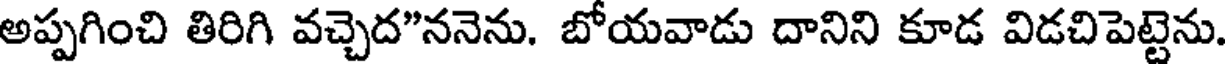
అప్పగించి తిరిగి వచ్చెద"ననెను. బోయవాడు దానిని కూడ విడచిపెట్టెను.